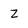
Character: Z